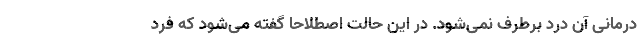
درمانی آن درد برطرف نمی‌شود. در این حالت اصطلاحا گفته می‌شود که فرد